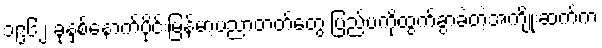
၁၉၆၂ ခုနှစ်နောက်ပိုင်းမြန်မာ့ပညာတတ်တွေ ပြည်ပကိုထွက်ခွာခဲ့တဲ့အကျိုးဆက်က